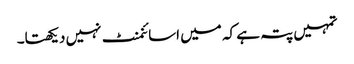
تمہیں پتہ ہے کہ میں اسائنمنٹ نہیں دیکھتا۔